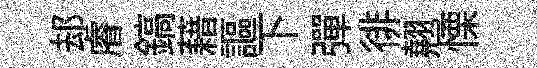
𨚫𥈠鎬藉謳下彈徘翹慄